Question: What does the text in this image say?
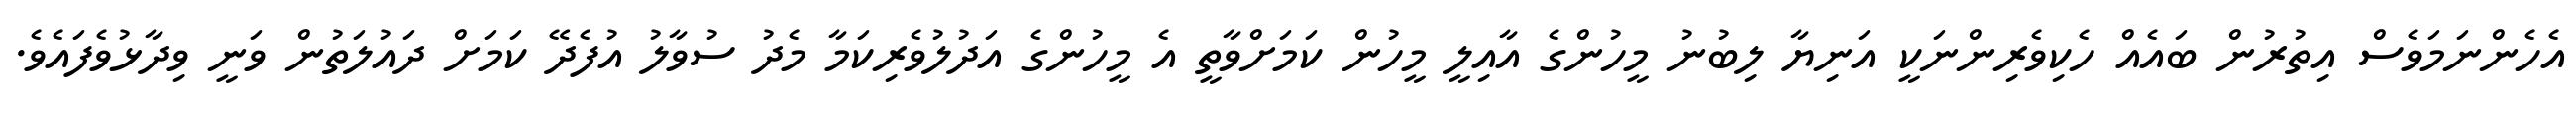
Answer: އެހެންނަމަވެސް އިތުރުން ބައެއް ހެކިވެރިންނަކީ އަނިޔާ ލިބުނު މީހުންގެ އާއިލީ މީހުން ކަމަށްވާތީ އެ މީހުންގެ އަދުލުވެރިކަމާ މެދު ސުވާލު އުފެދޭ ކަމަށް ދައުލަތުން ވަނީ ވިދާޅުވެފައެވެ.